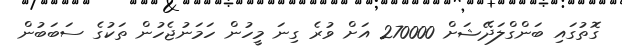
ގޮތުގައި ބަންގްލަދޭޝަށް 270000 އަށް ވުރެ ގިނަ މީހުން ހަމަނުޖެހުން ތަކުގެ ސަބަބުން